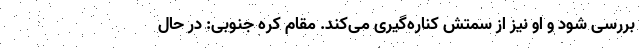
بررسی شود و او نیز از سمتش کناره‌گیری می‌کند. مقام کره جنوبی: در حال